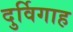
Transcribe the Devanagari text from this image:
दुर्विगाह